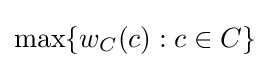
\max\{w_{C}(c):c\in C\}